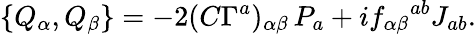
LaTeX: \{ Q_{\alpha},Q_{\beta}\} =-2(C\Gamma^{a})_{\alpha\beta}\, P_{a}+if_{\alpha\beta}{}^{ab}J_{ab}.